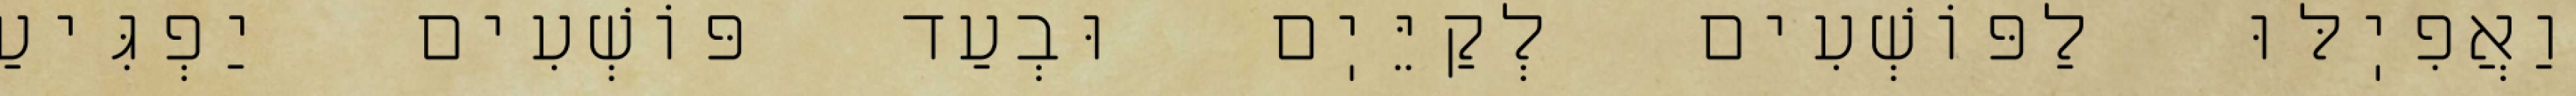
וַאֲפִיֽלּוּ לַפּוֹשְׁעִים לְקַיֵּיֽם וּבְעַד פּוֹשְׁעִים יַפְגִּיעַ